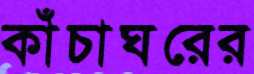
কাঁচাঘরের